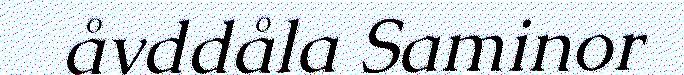
åvddåla Saminor